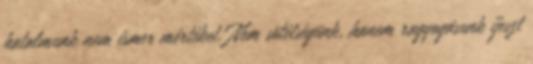
hatalmunk nem ismer mértéket. Nem sötétségünk, hanem ragyogásunk ijeszt